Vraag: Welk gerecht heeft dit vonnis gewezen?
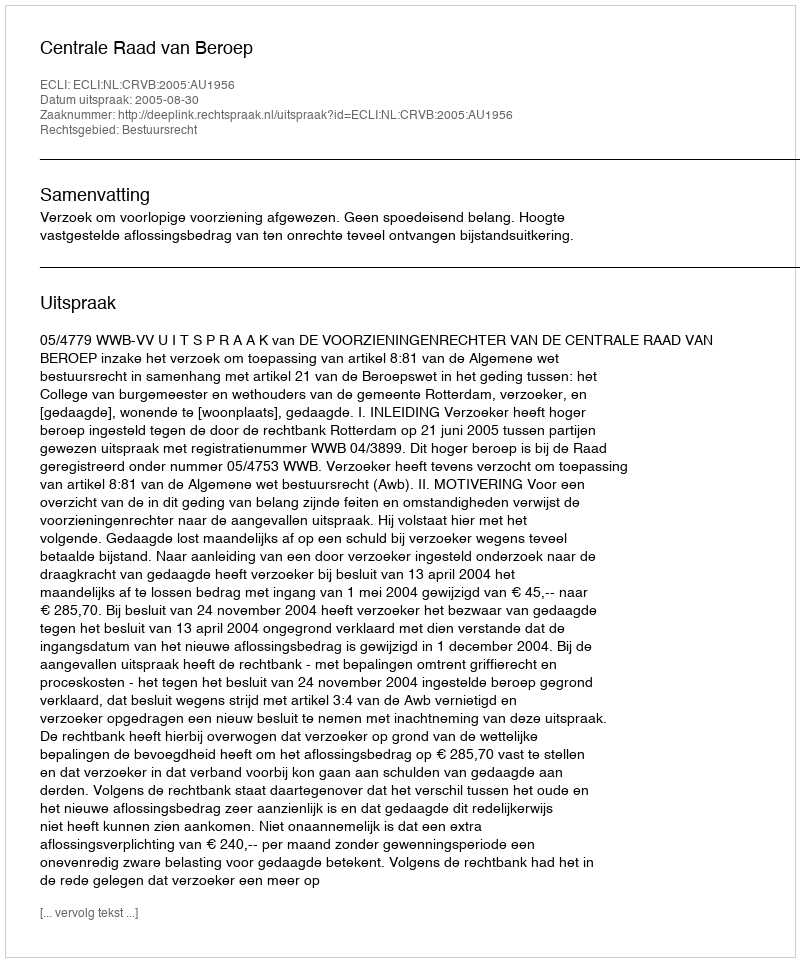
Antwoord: Centrale Raad van Beroep